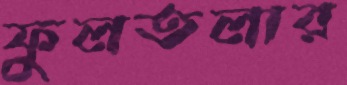
ফুলতলার